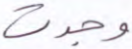
وجدت